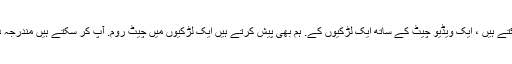
سب سے بہترین حصہ ہے کہ آپ کو شروع کر سکتے ہیں ، ایک ویڈیو چیٹ کے ساتھ ایک لڑکیوں کے. ہم بھی پیش کرتے ہیں ایک لڑکیوں میں چیٹ روم. آپ کر سکتے ہیں مندرجہ ذیل خصوصیات کے ہمارے ویڈیو چیٹ رومز ہیں ۔